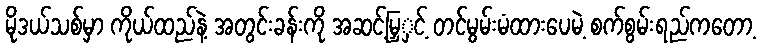
မိုဒယ်သစ်မှာ ကိုယ်ထည်နဲ့ အတွင်းခန်းကို အဆင့်မြှှင့် တင်မွမ်းမံထားပေမဲ့ စက်စွမ်းရည်ကတော့